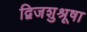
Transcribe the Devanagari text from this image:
द्विजशुश्रूषा